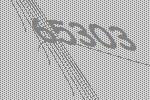
65303